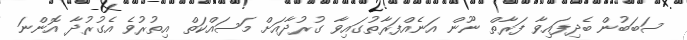
ސަބަބުން ބެދިފައިވާ ފަރާތް ނޫން އަނެއްފަރާތުގައިވާ ގުރުދާއަށް މަސައްކަތް އިތުރުވެ އެގުރުދާ އޮންނަ